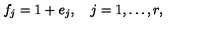
f _ { j } = 1 + e _ { j } , \quad j = 1 , \ldots , r ,